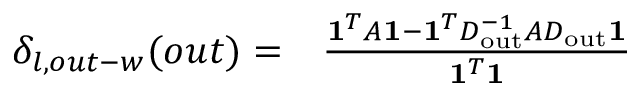
\begin{array} { r l } { \delta _ { l , o u t - w } ( o u t ) = } & { { } \frac { \mathbf { 1 } ^ { T } A \mathbf { 1 } - \mathbf { 1 } ^ { T } D _ { \mathrm { o u t } } ^ { - 1 } A D _ { \mathrm { o u t } } \mathbf { 1 } } { \mathbf { 1 } ^ { T } \mathbf { 1 } } } \end{array}